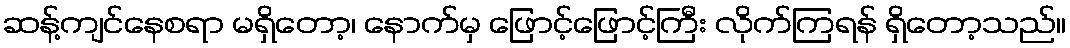
ဆန့်ကျင်နေစရာ မရှိတော့၊ နောက်မှ ဖြောင့်ဖြောင့်ကြီး လိုက်ကြရန် ရှိတော့သည်။